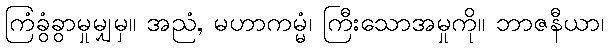
ကြံခွံခွာမှုမျှမှ။ အညံ, မဟာကမ္မံ၊ ကြီးသောအမှုကို။ ဘာဇနီယာ၊